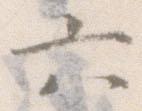
六